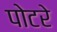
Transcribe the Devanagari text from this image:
पोटरे